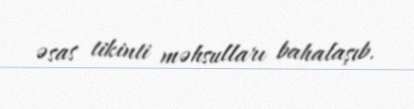
əsas tikinti məhsulları bahalaşıb.